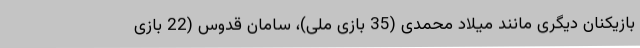
بازیکنان دیگری مانند میلاد محمدی (35 بازی ملی)، سامان قدوس (22 بازی